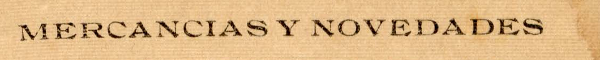
MERCANCIAS Y NOVEDADES